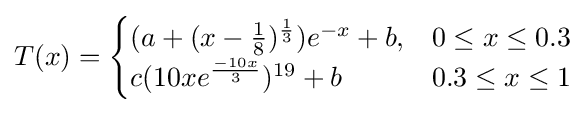
T(x)={\begin{cases}(a+(x-{\frac {1}{8}})^{\frac {1}{3}})e^{-x}+b,&0\leq x\leq 0.3\\c(10xe^{\frac {-10x}{3}})^{19}+b&0.3\leq x\leq 1\end{cases}}